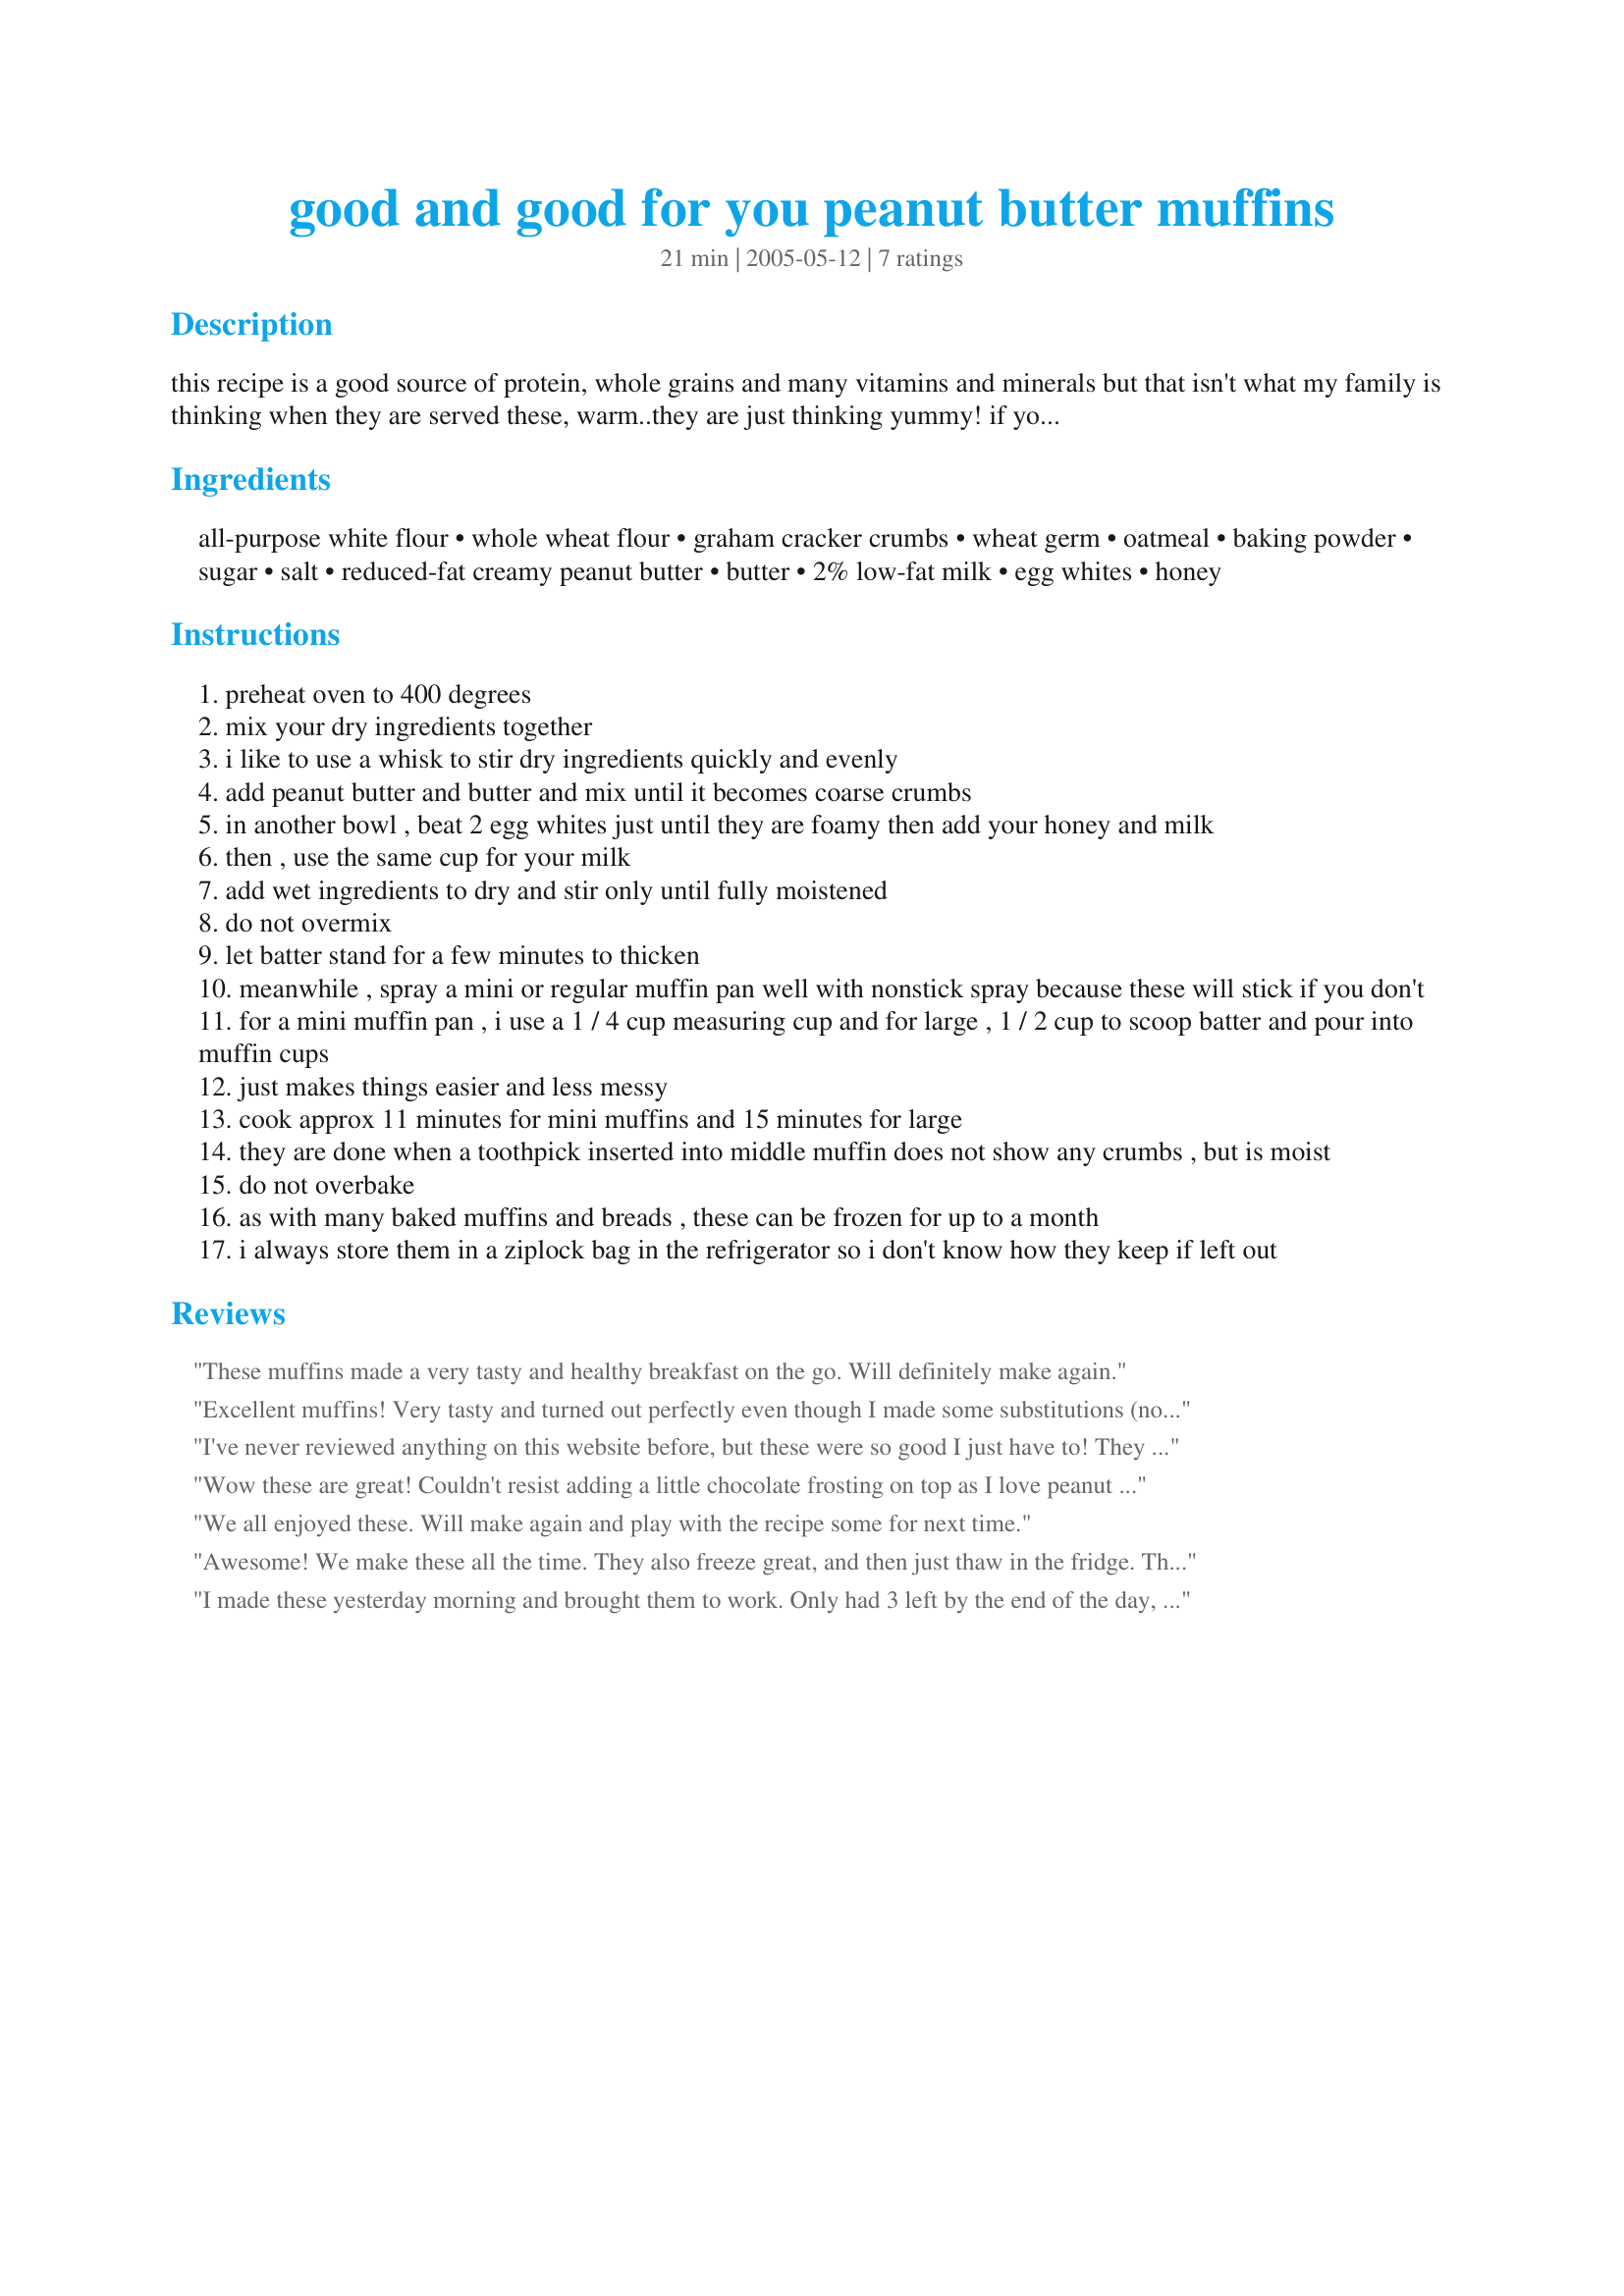
good and good for you peanut butter muffins
Preparation time: 21 minutes

this recipe is a good source of protein, whole grains and many vitamins and minerals but that isn't what my family is thinking when they are served these, warm..they are just thinking yummy! if you are serving these to toddlers, please make sure your child is old enough to have honey and peanut butter. my toddler loves them. they are moist and delicious.

Ingredients:
all-purpose white flour, whole wheat flour, graham cracker crumbs, wheat germ, oatmeal, baking powder, sugar, salt, reduced-fat creamy peanut butter, butter, 2% low-fat milk, egg whites, honey

Steps:
preheat oven to 400 degrees
mix your dry ingredients together
i like to use a whisk to stir dry ingredients quickly and evenly
add peanut butter and butter and mix until it becomes coarse crumbs
in another bowl , beat 2 egg whites just until they are foamy then add your honey and milk
then , use the same cup for your milk
add wet ingredients to dry and stir only until fully moistened
do not overmix
let batter stand for a few minutes to thicken
meanwhile , spray a mini or regular muffin pan well with nonstick spray because these will stick if you don't
for a mini muffin pan , i use a 1 / 4 cup measuring cup and for large , 1 / 2 cup to scoop batter and pour into muffin cups
just makes things easier and less messy
cook approx 11 minutes for mini muffins and 15 minutes for large
they are done when a toothpick inserted into middle muffin does not show any crumbs , but is moist
do not overbake
as with many baked muffins and breads , these can be frozen for up to a month
i always store them in a ziplock bag in the refrigerator so i don't know how they keep if left out

Reviews:
These muffins made a very tasty and healthy breakfast on the go. Will definitely make again.
Excellent muffins! Very tasty and turned out perfectly even though I made some substitutions (nonfat margarine for the butter and skim milk for the 2%). I also added a few semi-sweet chocolate chips to the top of each muffin before baking to make them a little more decadent. Yummy! Thanks for a great recipe, and for the tips on handling the sticky ingredients.
I've never reviewed anything on this website before, but these were so good I just have to! They are the softest, moistest muffins I think I've ever had. I've been going through a peanut butter phase lately, and these hit the spot. Thanks for posting such a great recipe!
Wow these are great! Couldn't resist adding a little chocolate frosting on top as I love peanut butter and chocolate but the muffins were just as great without it.
We all enjoyed these. Will make again and play with the recipe some for next time.
Awesome! We make these all the time. They also freeze great, and then just thaw in the fridge. Thanks!
I made these yesterday morning and brought them to work. Only had 3 left by the end of the day, they were that good! Of course, I ate them on the way home. LOL! Anyway, I made just a few changes to the recipe: 1) I didn't have any Wheat Germ in the morning so I added a little more oats, 2) I used Splenda instead of granulated sugar, 3) I used fat free milk (that's all I ever buy!), 4) I used my Pampered Chef Stoneware Muffin Pan and it was the perfect size and 5) My bake time was exactly 20 minutes. PERFECT! I also took a couple pictures (I hope you like them). Thanks for the yummy recipe that I KNOW I will use again! P. S. I have Wheat Germ now! :-)
